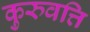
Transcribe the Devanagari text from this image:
कुरुवत्ति